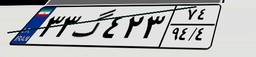
۷۹گ۹۱۳۴۳